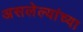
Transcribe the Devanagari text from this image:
असलेल्यांच्या